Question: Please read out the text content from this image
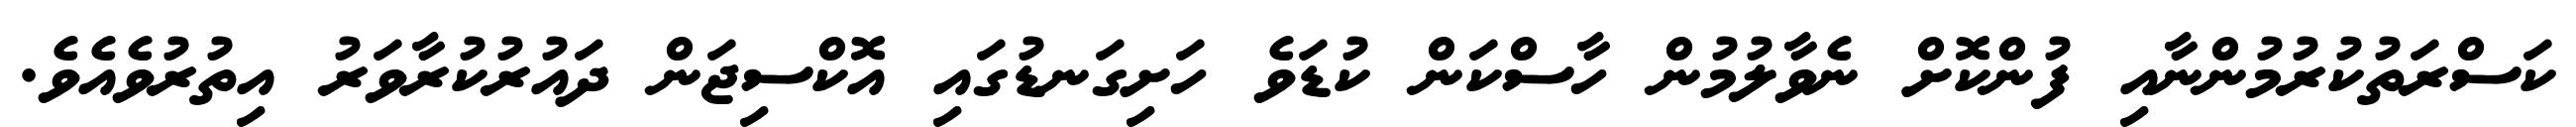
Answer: ކަސްރަތުކުރުމުންނާއި ފުންކޮށް ނެވާލުމުން ހާސްކަން ކުޑަވެ ހަށިގަނޑުގައި އޮކްސިޖަން ދައުރުކުރާވަރު އިތުރުވެއެވެ.